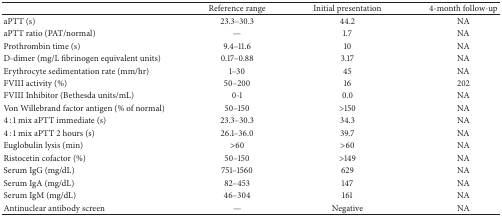
<table><thead><tr><td><b> </b></td><td><b>Reference range</b></td><td><b>Initial presentation</b></td><td><b>4-month follow-up</b></td></tr></thead><tbody><tr><td>aPTT (s)</td><td>23.3–30.3</td><td>44.2</td><td>NA</td></tr><tr><td>aPTT ratio (PAT/normal)</td><td>—</td><td>1.7</td><td>NA</td></tr><tr><td>Prothrombin time (s)</td><td>9.4–11.6</td><td>10</td><td>NA</td></tr><tr><td>D-dimer (mg/L fibrinogen equivalent units)</td><td>0.17–0.88</td><td>3.17</td><td>NA</td></tr><tr><td>Erythrocyte sedimentation rate (mm/hr)</td><td>1–30</td><td>45</td><td>NA</td></tr><tr><td>FVIII activity (%)</td><td>50–200</td><td>16</td><td>202</td></tr><tr><td>FVIII Inhibitor (Bethesda units/mL)</td><td>0-1</td><td>0.0</td><td>NA</td></tr><tr><td>Von Willebrand factor antigen (% of normal)</td><td>50–150</td><td>&gt;150</td><td>NA</td></tr><tr><td>4 : 1 mix aPTT immediate (s)</td><td>23.3–30.3</td><td>34.3</td><td>NA</td></tr><tr><td>4 : 1 mix aPTT 2 hours (s)</td><td>26.1–36.0</td><td>39.7</td><td>NA</td></tr><tr><td>Euglobulin lysis (min)</td><td>&gt;60</td><td>&gt;60</td><td>NA</td></tr><tr><td>Ristocetin cofactor (%)</td><td>50–150</td><td>&gt;149</td><td>NA</td></tr><tr><td>Serum IgG (mg/dL)</td><td>751–1560</td><td>629</td><td>NA</td></tr><tr><td>Serum IgA (mg/dL)</td><td>82–453</td><td>147</td><td>NA</td></tr><tr><td>Serum IgM (mg/dL)</td><td>46–304</td><td>161</td><td>NA</td></tr><tr><td>Antinuclear antibody screen</td><td>—</td><td>Negative</td><td>NA</td></tr></tbody></table>